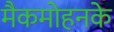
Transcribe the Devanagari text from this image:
मैकमोहनके